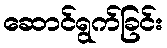
ဆောင်ရွက်ခြင်း